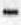
-